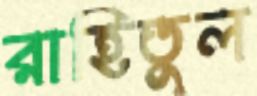
রাহিতুল